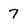
Character: 7